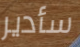
سأدير